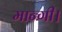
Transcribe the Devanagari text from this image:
मान्गी।